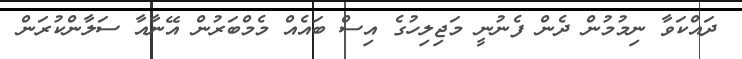
ދައްކަވާ ނިމުމުން ދެން ފެނުނީ މަޖިލިހުގެ އިސް ބައެއް މެމްބަރުން އޭނާއާ ސަލާންކުރަން